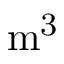
\mathrm { { m ^ { 3 } } }